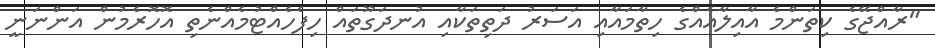
"ރާއްޖޭގެ ކިތަންމެ އާއިލާއެއްގެ ހިތާމައާއި އަސަރު ދަތިތަކާއި އުނދަގޫތައް ހިފެހެއްޓުމެއްނެތި އޮހޮރެމުން އަންނަނީ